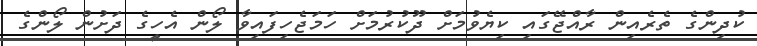
ކުދިންގެ ތެރެއިން ރާއްޖޭގައި ކިޔެވުމަށް ދޫކުރުމަށް ހަމަޖެހިފައިވާ ލޯން އެހީގެ ދަށުން ލޯންގެ